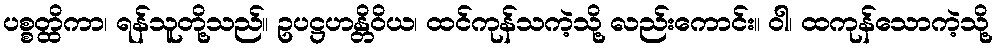
ပစ္စတ္ထိကာ၊ ရန်သူတို့သည်။ ဥပဋ္ဌဟန္တိဝိယ၊ ထင်ကုန်သကဲ့သို့ လည်းကောင်း။ ဝါ၊ ထကုန်သောကဲ့သို့